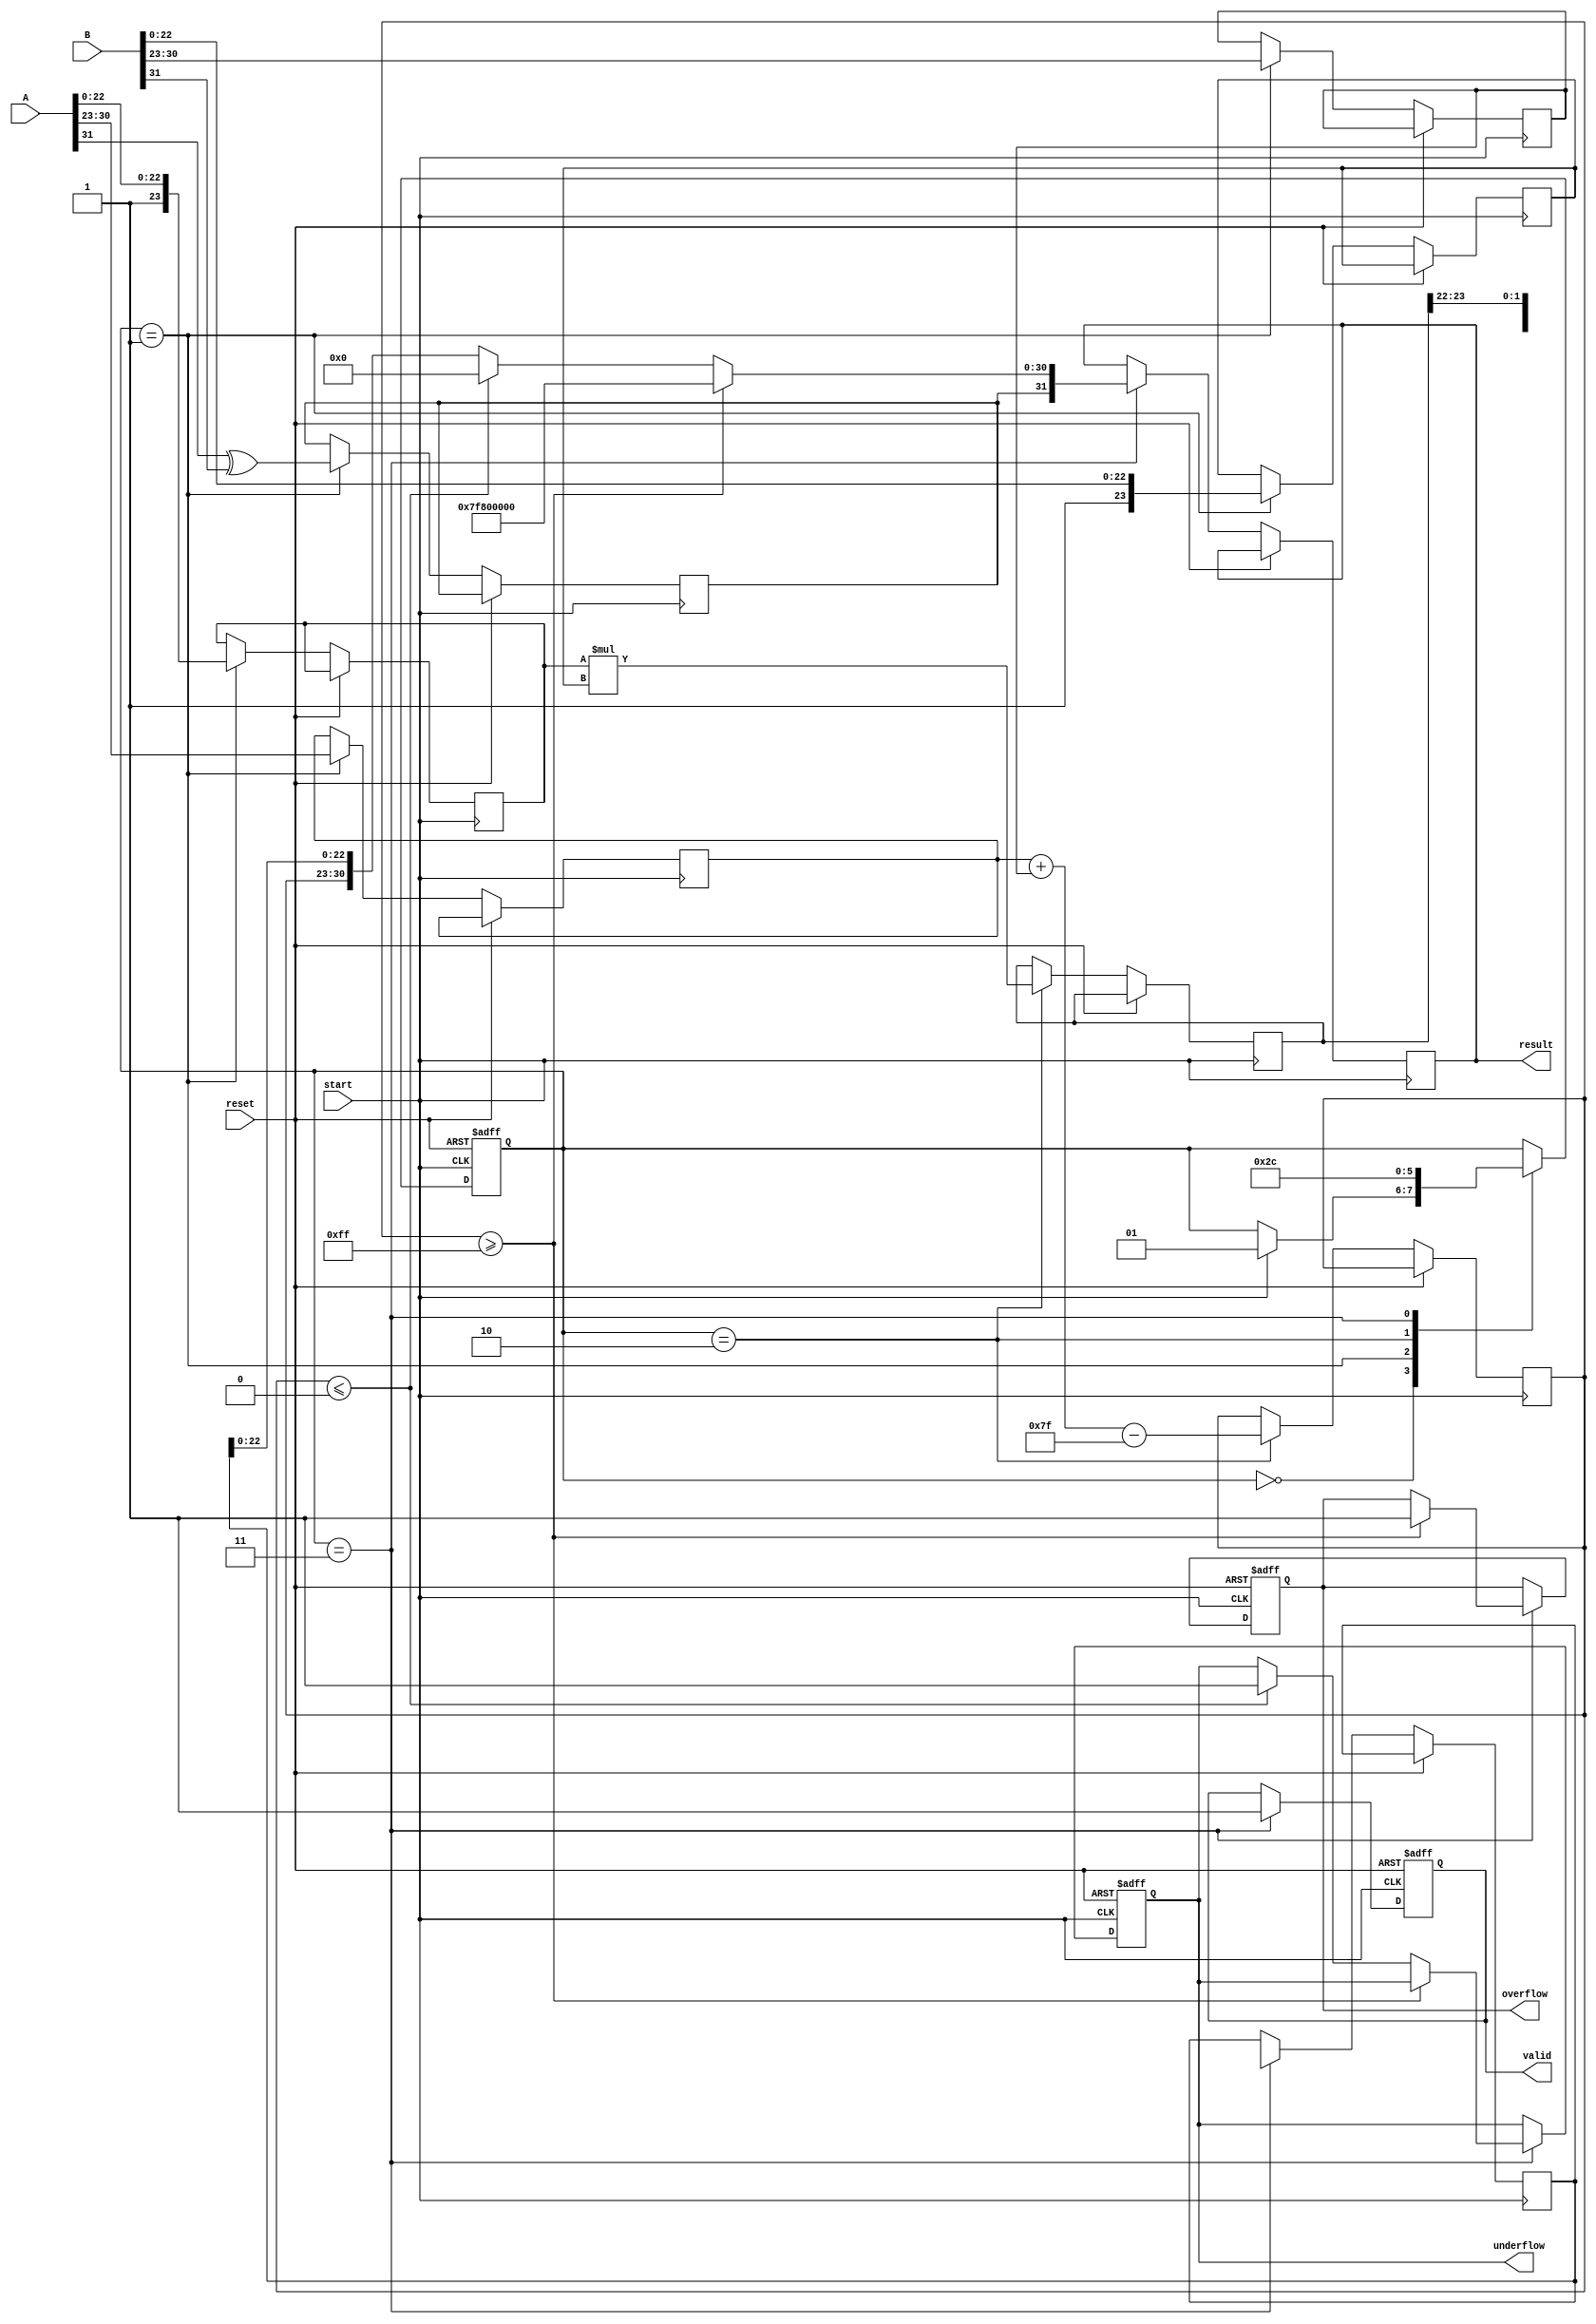
module floating_point_multiplier (
    input wire [31:0] A,          // First operand (single precision)
    input wire [31:0] B,          // Second operand (single precision)
    input wire start,             // Start signal
    input wire reset,             // Reset signal
    output reg [31:0] result,     // Resulting floating-point product
    output reg valid,             // Output valid signal
    output reg overflow,          // Overflow flag
    output reg underflow          // Underflow flag
);

    // Internal signals
    reg [1:0] state;              // State machine for control
    reg [7:0] exp_A, exp_B;       // Exponents
    reg [23:0] mant_A, mant_B;    // Mantissas
    reg [23:0] mant_product;       // Product of mantissas
    reg [7:0] exp_result;          // Result exponent
    reg sign_result;               // Result sign
    reg [24:0] mant_normalized;    // Normalized mantissa
    reg [7:0] bias;                // Bias for exponent

    // Constants
    localparam BIAS_SINGLE = 8'd127;

    // State definitions
    localparam IDLE = 2'b00;
    localparam DECOMPOSE = 2'b01;
    localparam COMPUTE = 2'b10;
    localparam FORMAT = 2'b11;

    // State machine for control
    always @(posedge start or posedge reset) begin
        if (reset) begin
            state <= IDLE;
            valid <= 0;
            overflow <= 0;
            underflow <= 0;
        end else begin
            case (state)
                IDLE: begin
                    if (start) begin
                        state <= DECOMPOSE;
                    end
                end
                DECOMPOSE: begin
                    // Decompose A and B
                    sign_result <= A[31] ^ B[31];
                    exp_A <= A[30:23];
                    exp_B <= B[30:23];
                    mant_A <= {1'b1, A[22:0]}; // Implicit leading 1 for normalized
                    mant_B <= {1'b1, B[22:0]}; // Implicit leading 1 for normalized
                    state <= COMPUTE;
                end
                COMPUTE: begin
                    // Compute exponent
                    exp_result <= exp_A + exp_B - BIAS_SINGLE;
                    // Mantissa multiplication
                    mant_product <= mant_A * mant_B;
                    state <= FORMAT;
                end
                FORMAT: begin
                    // Normalize the result
                    if (mant_product[47]) begin // Check for normalization
                        mant_normalized <= mant_product[46:23]; // Shift right
                        exp_result <= exp_result + 1;
                    end else begin
                        mant_normalized <= mant_product[45:22]; // Keep as is
                    end
                    
                    // Check for overflow/underflow
                    if (exp_result >= 8'd255) begin
                        overflow <= 1;
                        result <= {sign_result, 8'b11111111, 23'b0}; // Infinity
                    end else if (exp_result <= 8'd0) begin
                        underflow <= 1;
                        result <= {sign_result, 8'b0, 23'b0}; // Zero
                    end else begin
                        result <= {sign_result, exp_result[7:0], mant_normalized[22:0]};
                    end

                    valid <= 1; // Output is valid
                    state <= IDLE; // Go back to IDLE
                end
            endcase
        end
    end
endmodule